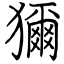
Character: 獮